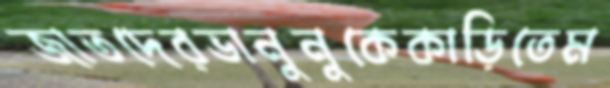
জাতদেরভানুনুকেকাড়িতেম